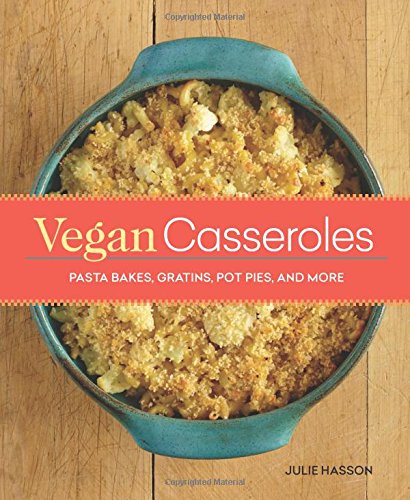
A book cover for Vegan Casseroles: Pasta Bakes, Gratins, Pot Pies, and More; Julie Hasson; Cookbooks, Food & Wine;